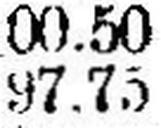
97.75